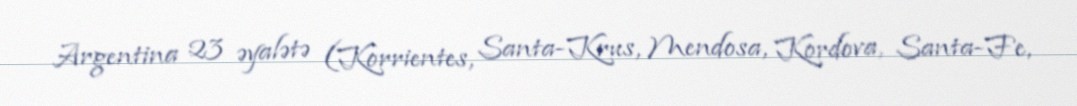
Argentina 23 əyalətə (Korrientes, Santa-Krus, Mendosa, Kordova, Santa-Fe,